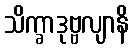
သိက္ခာဒုဗ္ဗလျာနိ